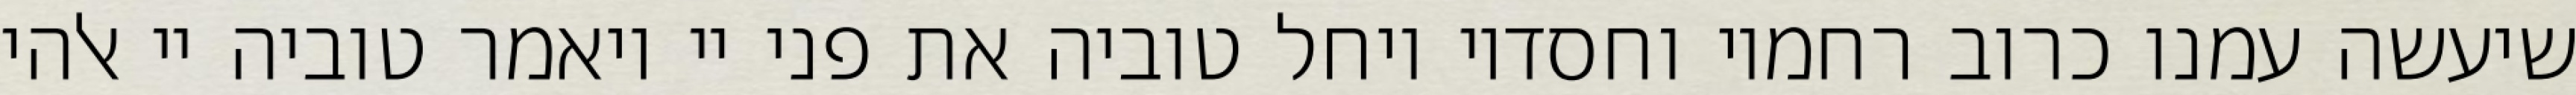
שיעשה עמנו כרוב רחמיו וחסדיו ויחל טוביה את פני יי ויאמר טוביה יי אלהי